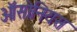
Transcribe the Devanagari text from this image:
ऑसोनियस